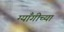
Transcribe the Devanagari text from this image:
ग्याँगीच्या